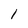
Character: 1